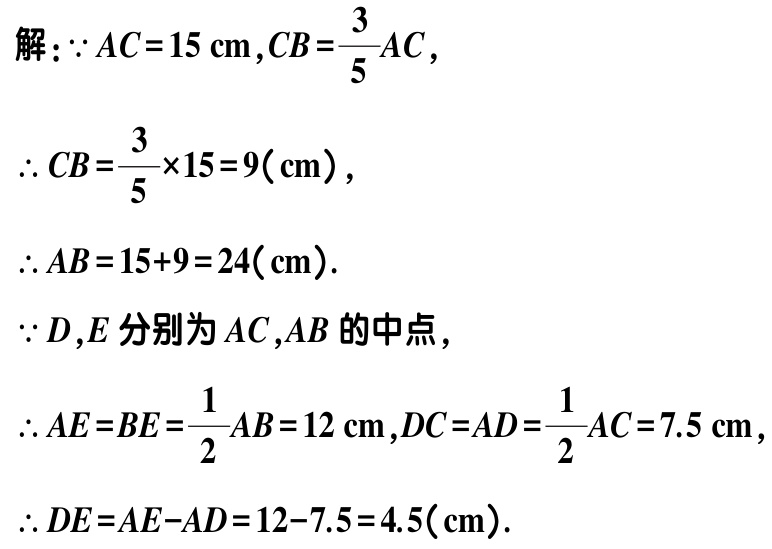
解：$\because AC = 15\mathrm{cm},CB=\frac{3}{5}AC$，

$\therefore CB=\frac{3}{5}\times15 = 9(\mathrm{cm})$，

$\therefore AB = 15 + 9 = 24(\mathrm{cm})$.

$\because D,E$分别为$AC,AB$的中点，

$\therefore AE = BE=\frac{1}{2}AB = 12\mathrm{cm},DC = AD=\frac{1}{2}AC = 7.5\mathrm{cm}$，

$\therefore DE = AE - AD = 12 - 7.5 = 4.5(\mathrm{cm})$.